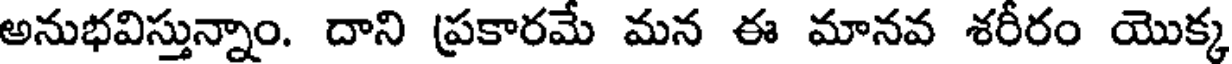
అనుభవిస్తున్నాం. దాని ప్రకారమే మన ఈ మానవ శరీరం యొక్క